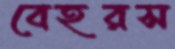
বেহরস